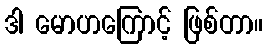
ဒါ မောဟကြောင့် ဖြစ်တာ။